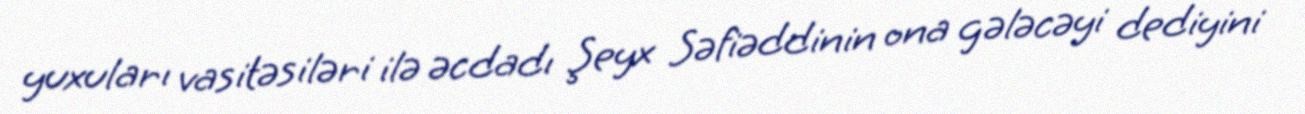
yuxuları vasitəsiləri ilə əcdadı Şeyx Səfiəddinin ona gələcəyi dediyini